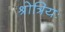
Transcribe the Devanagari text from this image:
श्रोत्रियः